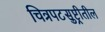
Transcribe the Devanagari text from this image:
चित्रपटसुष्ट्रीतील